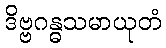
ဒိဗ္ဗဂန္ဓသမာယုတံ